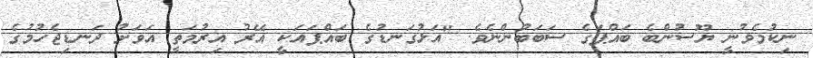
ނިކުމެވުނީ ޔޫސުންބެ ބައްޕަގެ ސަބަބުންނެވެ. "އަޅުގަނޑުގެ ބައްޕައަކީ އޭރު އިރުމަތީ އަވަށު ދަނޑިޖެހުމުގެ